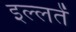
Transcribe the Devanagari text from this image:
इल्लतें